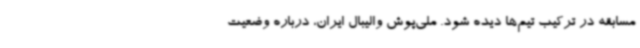
مسابقه در ترکیب تیم‌ها دیده شود. ملی‌پوش والیبال ایران، درباره وضعیت